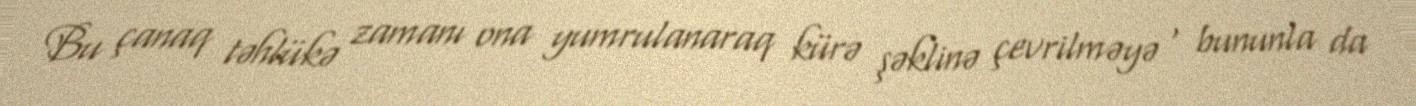
Bu çanaq təhlükə zamanı ona yumrulanaraq kürə şəklinə çevrilməyə , bununla da